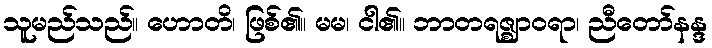
သူမည်သည်။ ဟောတိ၊ ဖြစ်၏။ မမ၊ ငါ၏။ ဘာတရဇ္ဈာဝရာ၊ ညီတော်နန္ဒ